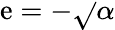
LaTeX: \mathrm{e}=-\sqrt{}{{\alpha}}